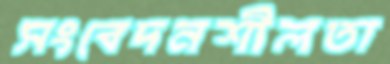
সংবেদনশীলতা